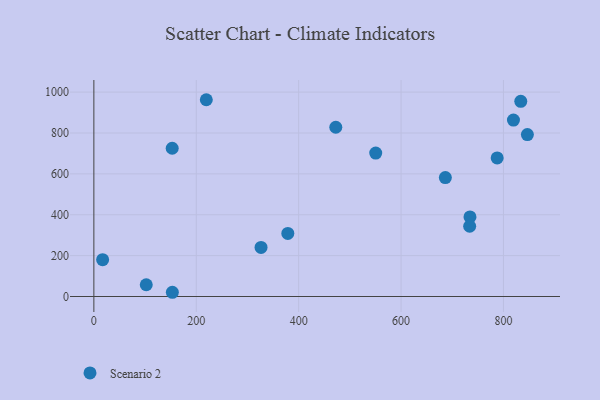
{"axis": {"x": "Study Hours", "y": "Demand"}, "legend": ["Scenario 2"], "data": [{"x": "326.5", "y": 240.0, "type": "Scenario 2"}, {"x": "219.6", "y": 962.8, "type": "Scenario 2"}, {"x": "833.8", "y": 955.2, "type": "Scenario 2"}, {"x": "550.5", "y": 702.0, "type": "Scenario 2"}, {"x": "17.1", "y": 180.3, "type": "Scenario 2"}, {"x": "686.5", "y": 581.9, "type": "Scenario 2"}, {"x": "819.5", "y": 863.0, "type": "Scenario 2"}, {"x": "734.6", "y": 389.3, "type": "Scenario 2"}, {"x": "734.0", "y": 343.8, "type": "Scenario 2"}, {"x": "787.7", "y": 678.1, "type": "Scenario 2"}, {"x": "153.0", "y": 725.5, "type": "Scenario 2"}, {"x": "846.7", "y": 792.2, "type": "Scenario 2"}, {"x": "153.3", "y": 20.7, "type": "Scenario 2"}, {"x": "102.3", "y": 57.6, "type": "Scenario 2"}, {"x": "378.8", "y": 308.6, "type": "Scenario 2"}, {"x": "472.5", "y": 828.1, "type": "Scenario 2"}]}